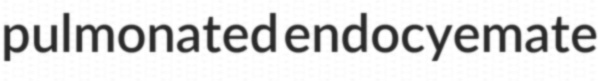
pulmonated endocyemate